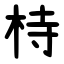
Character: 㭙